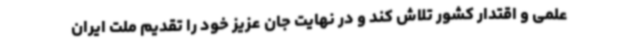
علمی و اقتدار کشور تلاش کند و در نهایت جان عزیز خود را تقدیم ملت ایران